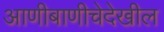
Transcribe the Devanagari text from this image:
आणीबाणीचेदेखील